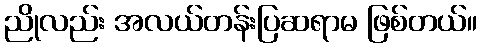
ညိုလည်း အလယ်တန်းပြဆရာမ ဖြစ်တယ်။